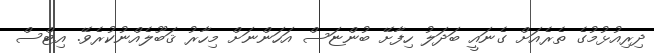
ދިރިއުޅުމުގެ ތެރެއަށް ގެނައީ ބަދަލު ހިފާށޭ ބުންޏަސް އަހަންނަށް މިހާރު ޤަބޫލެއްނުކުރެވޭ. އިޓްސް